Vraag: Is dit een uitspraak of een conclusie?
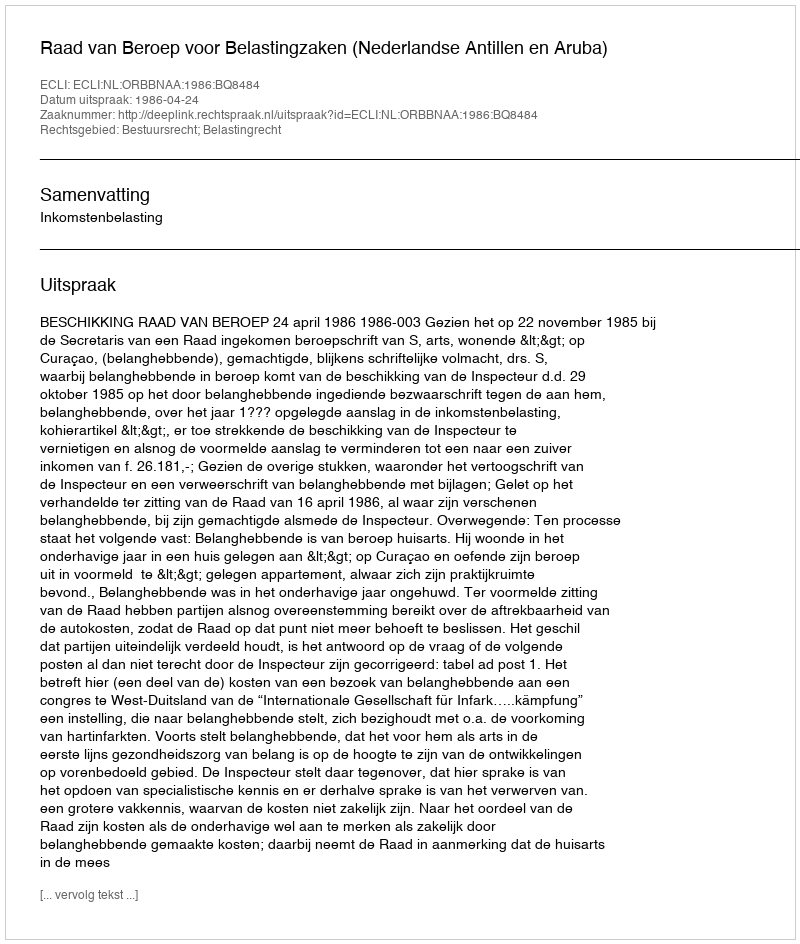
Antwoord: Uitspraak